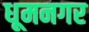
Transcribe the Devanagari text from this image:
धूमनगर